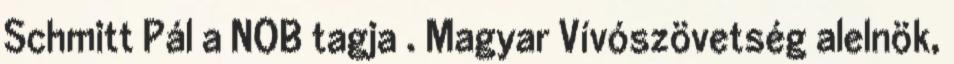
Schmitt Pál a NOB tagja . Magyar Vívószövetség alelnök,